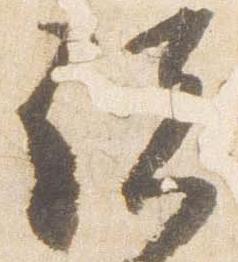
諸